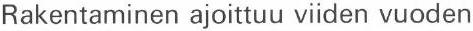
Rakentaminen ajoittuu viiden vuoden